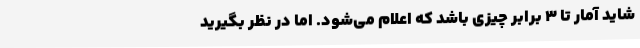
شاید آمار تا 3 برابر چیزی باشد که اعلام می‌شود. اما در نظر بگیرید